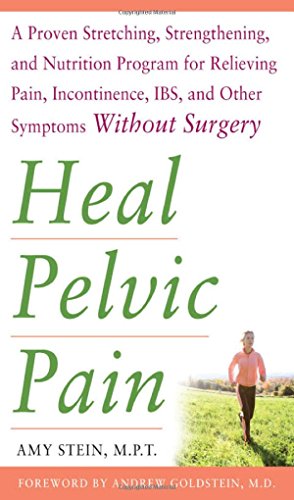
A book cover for Heal Pelvic Pain: The Proven Stretching, Strengthening, and Nutrition Program for Relieving Pain, Incontinence,& I.B.S, and Other Symptoms Without Surgery; Amy Stein; Medical Books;